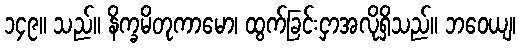
၁၄၉။ သည်။ နိက္ခမိတုကာမော၊ ထွက်ခြင်းငှာအလိုရှိသည်။ ဘဝေယျ၊